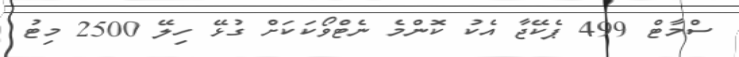
ސްމާޓް 499 ޕެކޭޖާ އެކު ކޮންމެ ނެޓްވޯކަކަށް ގުޅޭ ހިލޭ 2500 މިިޓު